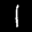
Label: 1